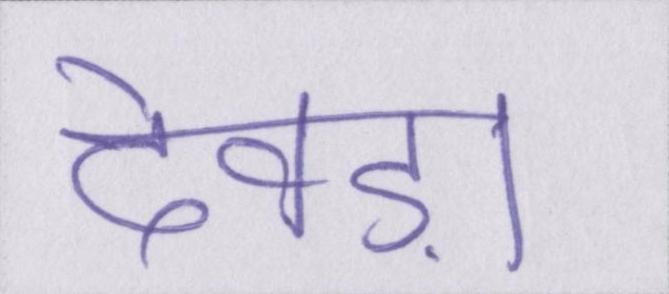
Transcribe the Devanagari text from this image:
देवड़ा